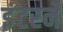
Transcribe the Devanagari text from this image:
इंटरने